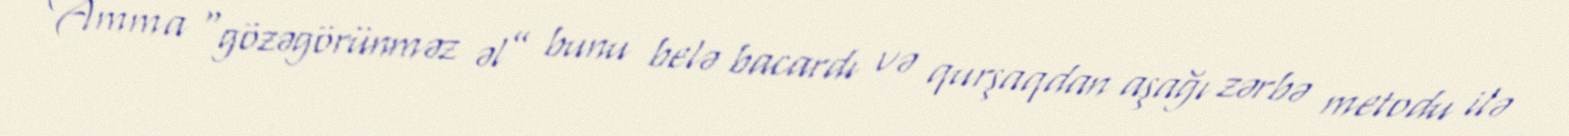
Amma “gözəgörünməz əl” bunu belə bacardı və qurşaqdan aşağı zərbə metodu ilə